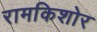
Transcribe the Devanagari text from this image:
रामकिशोर